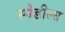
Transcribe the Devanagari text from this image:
स्पेडील्स